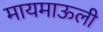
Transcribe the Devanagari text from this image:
मायमाऊली